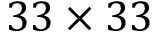
3 3 \times 3 3